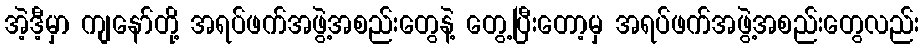
အဲ့ဒီ့မှာ ကျနော်တို့ အရပ်ဖက်အဖွဲ့အစည်းတွေနဲ့ တွေ့ပြီးတော့မှ အရပ်ဖက်အဖွဲ့အစည်းတွေလည်း